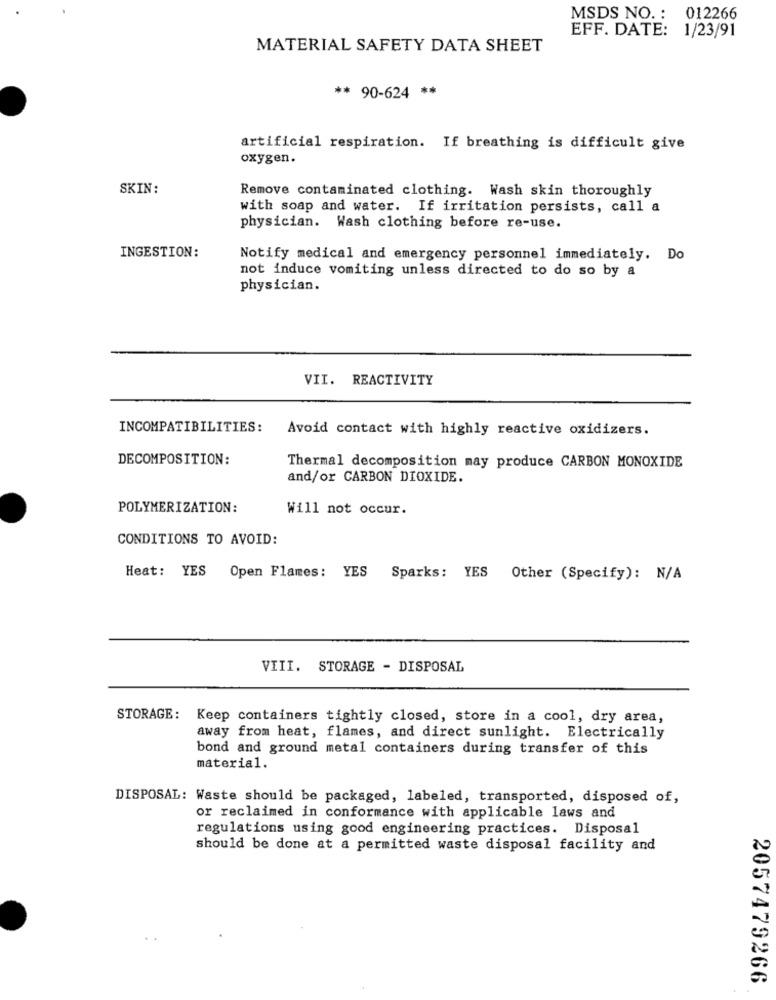
MSDS NO. : 012266
EFF. DATE: 1/23/91
MATERIAL SAFETY DATA SHEET
** 90-624 **
artificial respiration. If breathing is difficult give
oxygen.
SKIN:
Remove contaminated clothing. Wash skin thoroughly
with soap and water. If irritation persists, call a
physician. Wash clothing before re-use.
INGESTION:
Notify medical and emergency personnel immediately. Do
not induce vomiting unless directed to do so by a
physician.
VII. REACTIVITY
INCOMPATIBILITIES:
Avoid contact with highly reactive oxidizers.
DECOMPOSITION:
Thermal decomposition may produce CARBON MONOXIDE
and/or CARBON DIOXIDE.
POLYMERIZATION:
Will not occur.
CONDITIONS TO AVOID:
Heat: YES Open Flames:
YES
Sparks: YES Other (Specify): N/A
VIII. STORAGE - DISPOSAL
STORAGE:
Keep containers tightly closed, store in a cool, dry area,
away from heat, flames, and direct sunlight. Electrically
bond and ground metal containers during transfer of this
material.
DISPOSAL: Waste should be packaged, labeled, transported, disposed of,
or reclaimed in conformance with applicable laws and
regulations using good engineering practices. Disposal
should be done at a permitted waste disposal facility and
2057479266